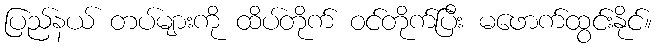
ပြည်နယ် တပ်များကို ထိပ်တိုက် ဝင်တိုက်ပြီး မဖောက်ထွင်းနိုင်။